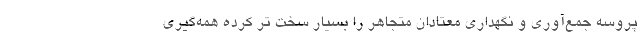
پروسه جمع‌آوری و نگهداری معتادان متجاهر را بسیار سخت تر کرده همه‌گیری